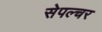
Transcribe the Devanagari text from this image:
सेपल्चर